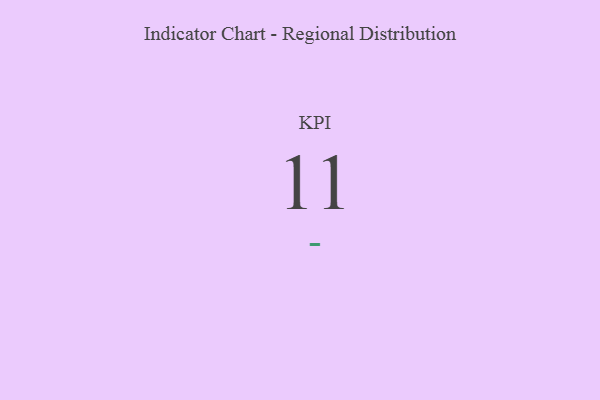
{"axis": {"x": "KPI", "y": "Value"}, "legend": [""], "data": [{"x": "KPI", "y": 11, "type": ""}]}